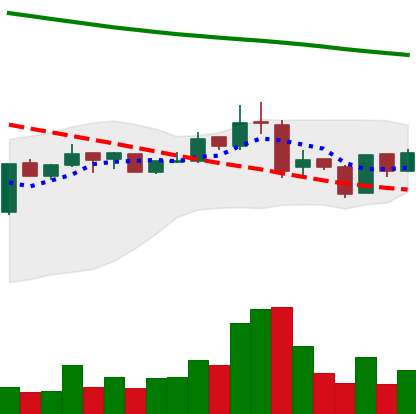
Ticker: BNB-USD
Chart end date: 2019-01-16
Forward return: 5.933%
Label: up_5_7